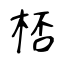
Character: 桮